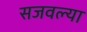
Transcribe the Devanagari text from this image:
सजवल्या